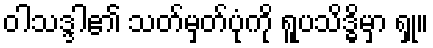
ဝါသဒ္ဒါ၏ သတ်မှတ်ပုံကို ရူပသိဒ္ဓိမှာ ရှု။